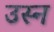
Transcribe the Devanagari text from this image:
उस्न